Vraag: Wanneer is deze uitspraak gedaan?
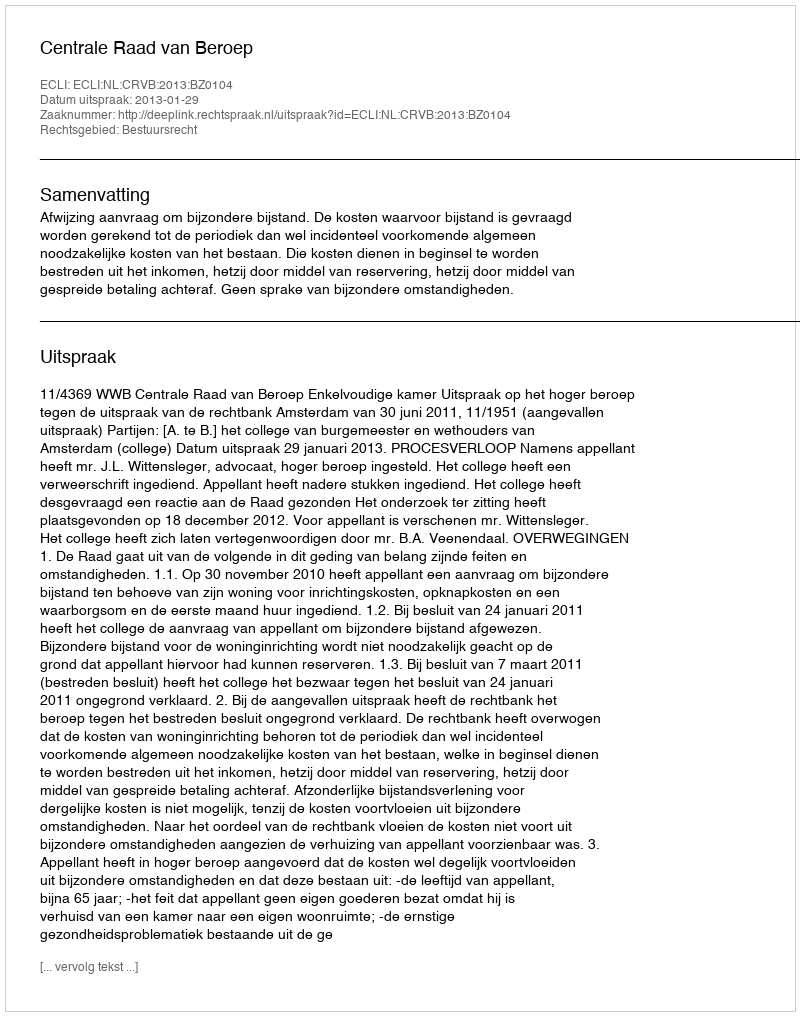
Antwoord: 2013-01-29